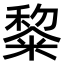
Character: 𮇵